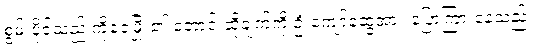
စွမ်းပိုင်သည် ကိုဝေဖြိုး၏ တောင်းဆိုချက်ကို ဦးကျော်ဆွေအား ပြောကြားနေသည်။